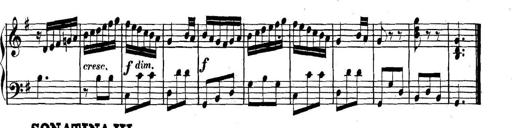
Title: Collected Piano Sonatas
Composer: Muzio Clementi